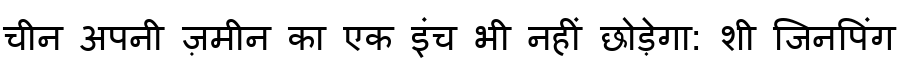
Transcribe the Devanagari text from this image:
चीन अपनी ज़मीन का एक इंच भी नहीं छोड़ेगा: शी जिनपिंग